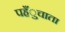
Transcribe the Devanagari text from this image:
पहँुचाता